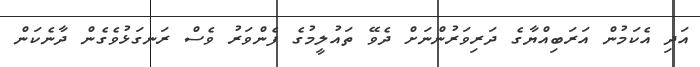
އަދި އެކަމުން އަރަބިއްޔާގެ ދަރިވަރުންނަށް ދެވޭ ތައުލީމުގެ ފެންވަރު ވެސް ރަނގަޅުވެގެން ދާނެކަން